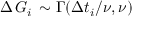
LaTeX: \Delta \, G _ { i } \, \sim \Gamma ( \Delta t _ { i } / \nu , \nu )